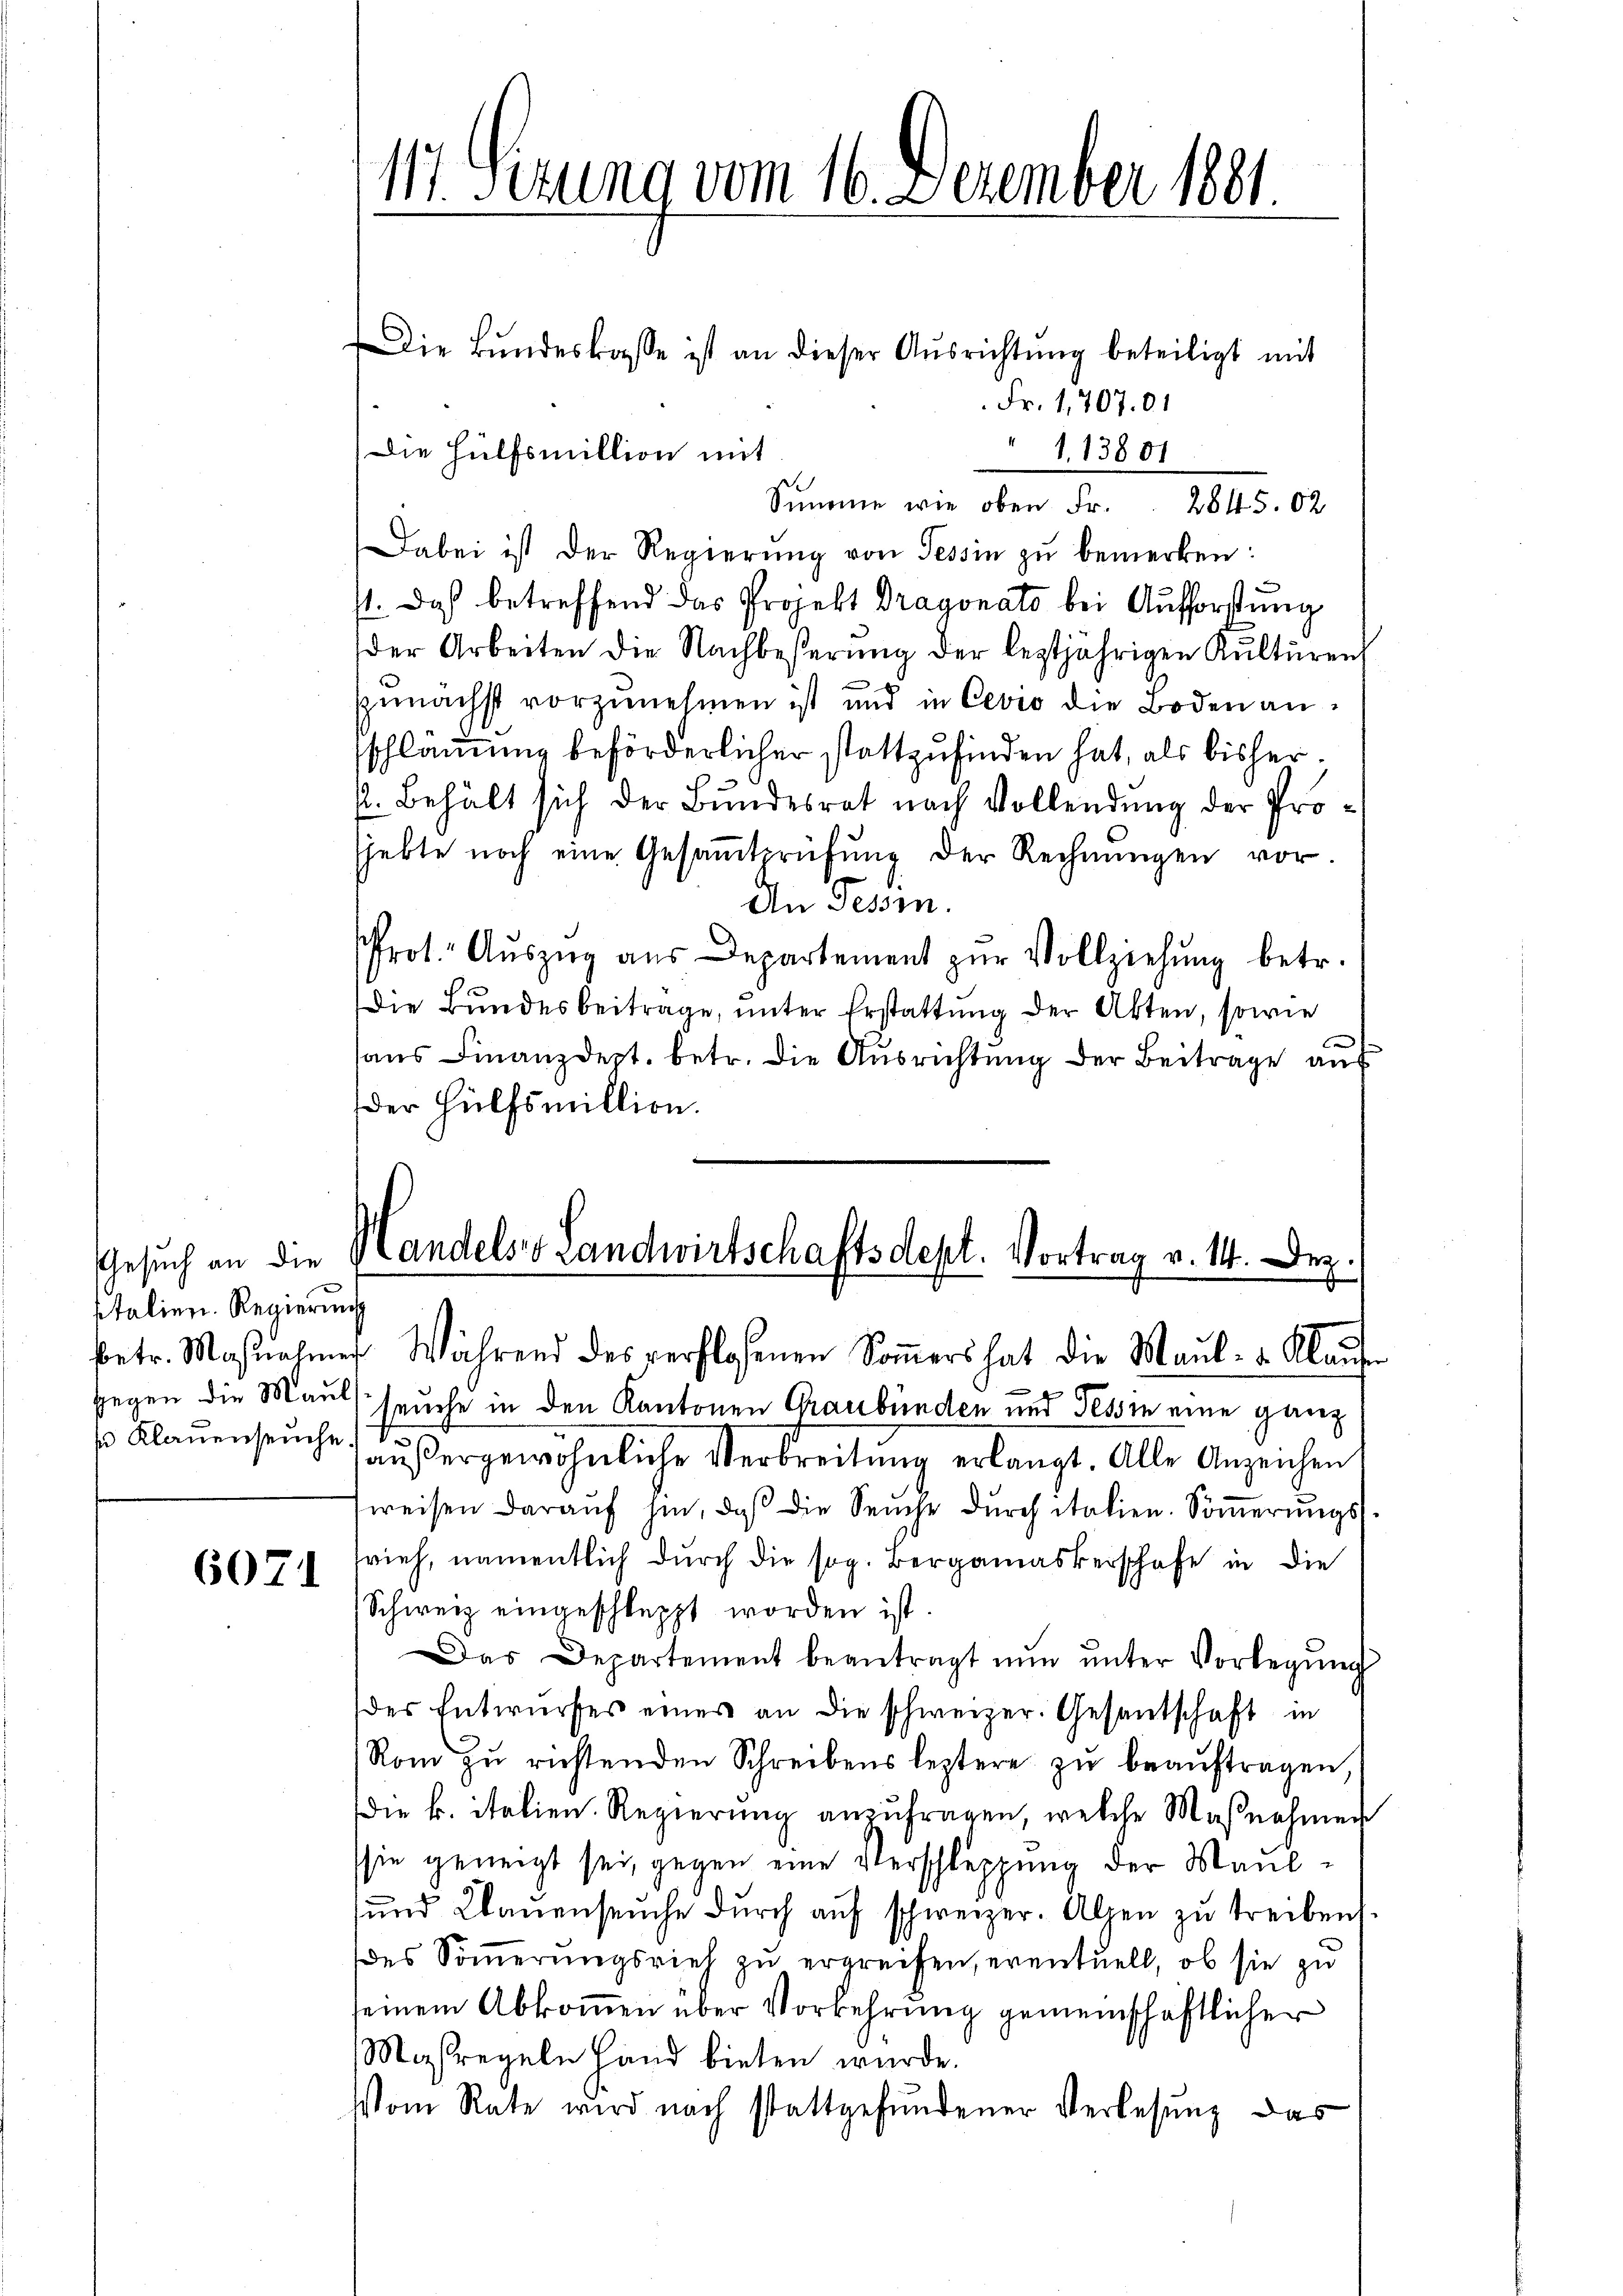
sitalien. Regierung

6071

117. Sezung vom 16. Dezember 1891

Die Bundeskasse ist an dieser Ausrichtung beteiligt mit
Fr. 1707.01
Die Hülfsmillion mit
1.13801
Summe wie oben Fr. 2845.02
Dabei ist der Regierŭng von Tessin zŭ bemerken:
st. Das betreffend das Projekt Dragonato bei Aufforstung
der Arbeiten die Nachbeßerŭng der leztjährigen Kulturen
zunächst vorzunehmen ist und in Cevio die Boden ansschlämung beförderlicher stattzufinden hat, als bisherk. Behält sich der Bundesrat nach Vollendung der Projekte noch eine Gesaṁtprüfŭng der Rechnŭngen vor.
An Tessin.
Prot. Aŭszŭg aŭs Departement zŭr Vollziehung betr.
Die Bundesbeitrage, unter Erstattung der Akten, sowie
hans Finanzdept. betr. die Ausrichtung der Beitrage auf
der Hülfsmillion.

Gesuch an die Handels Landwirtschaftsdept. Vortrag v. 14. Dez.
betr. Maßnahmes Während des verflossenen Soṁers hat die Maul- u. Klaŭse

g
gegen die Mauls seuche in den Kantonen Graubünden nur Tessin eine ganz
s Klauenseuche, außergewöhnliche Verbreitung erlangt. Alle Anzeichen
sweisen daraŭf hin, daβ die Seuche dŭrch italien. Soṁerŭngs-
wieh, namentlich durch die sog. Bergamaskerschafe in die
Schweiz eingeschleppt worden ist.
Das Departement beantragt nŭn ŭnter Vorlegŭng
des Entwŭrfes eines an die schweizer. Gesantschaft in
Rom zu richtenden Schreibens leztere zu beauftragen
die k. italien. Regierŭng anzŭfragen, welche Maßnahmen
sie geneigt sei, gegen eine Verschleppung der Maul-
ŭnd Klauenseŭche dŭrch aŭf schweizer. Alpen zŭ treibens.
(des Sommerungsrief zu ergreifen, eventuell, ob sie zu
seinem Abkommen über Vorkehrung gemeinschaftlicher
Maßregeln Hand bieten würde.
Vom Rate wird nach stattgefundener Verlesung das